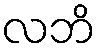
လဘိ